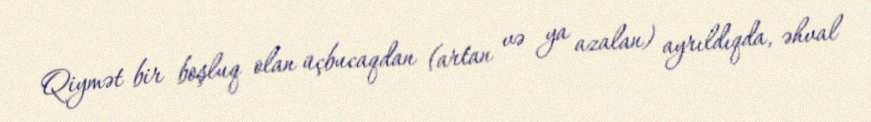
Qiymət bir boşluq olan üçbucaqdan (artan və ya azalan) ayrıldıqda, əhval